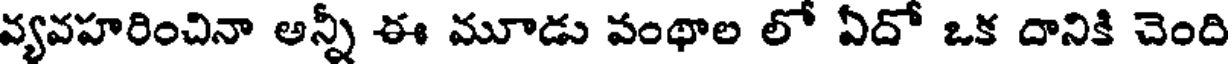
వ్యవహరించినా అన్నీ ఈ మూడు వంథాల లో ఏదో ఒక దానికి చెంది